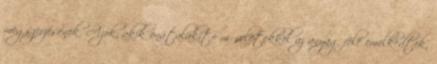
megszerzésének. Azok, akik önátalakító műveletekkel az anyag fölé emelkedtek,